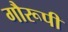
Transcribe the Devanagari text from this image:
गौरूपी